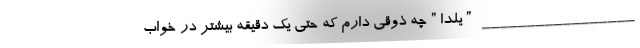
_________________ ” یلدا ” چه ذوقی دارم که حتی یک دقیقه بیشتر در خواب